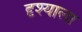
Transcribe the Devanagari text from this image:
दृश्‍याला